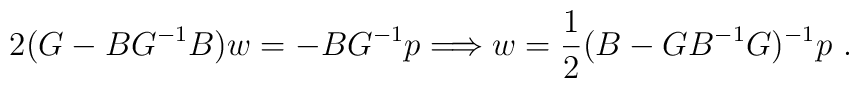
2(G-BG^{-1}B)w=-BG^{-1}p \Longrightarrow w=\frac{1}{2}(B-GB^{-1}G)^{-1}p\ .